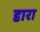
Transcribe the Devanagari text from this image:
दृारा